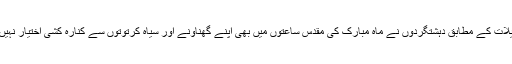
تفصیلات کے مطابق دہشتگردوں نے ماہ مبارک کی مقدس ساعتوں میں بھی اپنے گھناونے اور سیاہ کرتوتوں سے کنارہ کشی اختیار نہیں کی۔